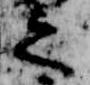
之